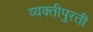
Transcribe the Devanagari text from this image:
व्यक्तीपुरती